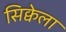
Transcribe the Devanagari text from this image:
सिक्वेला